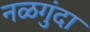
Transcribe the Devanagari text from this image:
नळगुंदा